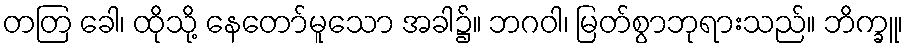
တတြ ခေါ၊ ထိုသို့ နေတော်မူသော အခါ၌။ ဘဂဝါ၊ မြတ်စွာဘုရားသည်။ ဘိက္ခူ၊